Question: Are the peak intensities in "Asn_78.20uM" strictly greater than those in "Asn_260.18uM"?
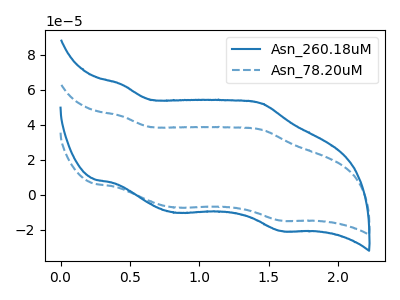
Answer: <think>The blue curve "Asn_260.18uM" has anodic peaks at (0.45V, 63.10uA) (1.45V, 52.15uA) and cathodic peaks at (0.85V, -10.30uA) (1.60V, -20.70uA). The blue dashed curve "Asn_78.20uM" has anodic peaks at (0.45V, 45.00uA) (1.45V, 37.20uA) and cathodic peaks at (0.85V, -7.35uA) (1.60V, -14.80uA).</think>
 <answer>Every peak in "Asn_78.20uM" is lower than every peak in "Asn_260.18uM".</answer>
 <eval>lower</eval>